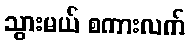
သွားမယ် စကားလက်